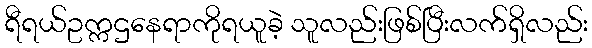
ရီရယ်ဥက္ကဌနေရာကိုရယူခဲ့ သူလည်းဖြစ်ပြီးလက်ရှိလည်း